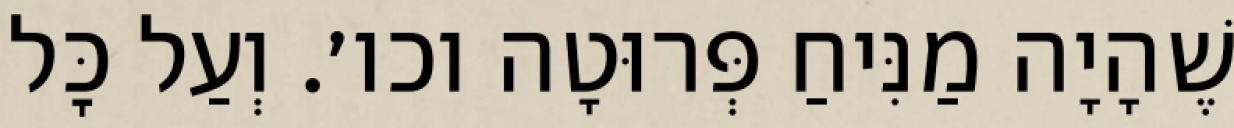
שֶׁהָיָה מַנִּיחַ פְּרוּטָה וכו׳. וְעַל כׇּל